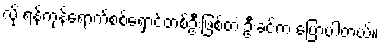
လို့ ရန်ကုန်ရောက်စစ်ရှောင်တစ်ဦးဖြစ်တဲ့ ဦးခင်က ပြောပါတယ်။